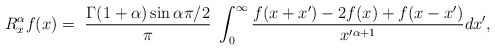
\begin{align*}R_{x}^{\alpha}f(x)=\ \frac{\Gamma(1+\alpha)\sin\alpha\pi/2}{\pi}\ \int_{0}^{\infty}\frac{f(x+x^{\prime})-2f(x)+f(x-x^{\prime})}{x^{\prime\alpha+1}}dx^{\prime},\end{align*}